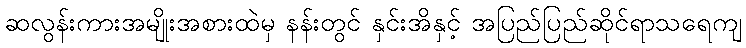
ဆလွန်းကားအမျိုးအစားထဲမှ နန်းတွင် နှင်းအိနှင့် အပြည်ပြည်ဆိုင်ရာသရေကျ